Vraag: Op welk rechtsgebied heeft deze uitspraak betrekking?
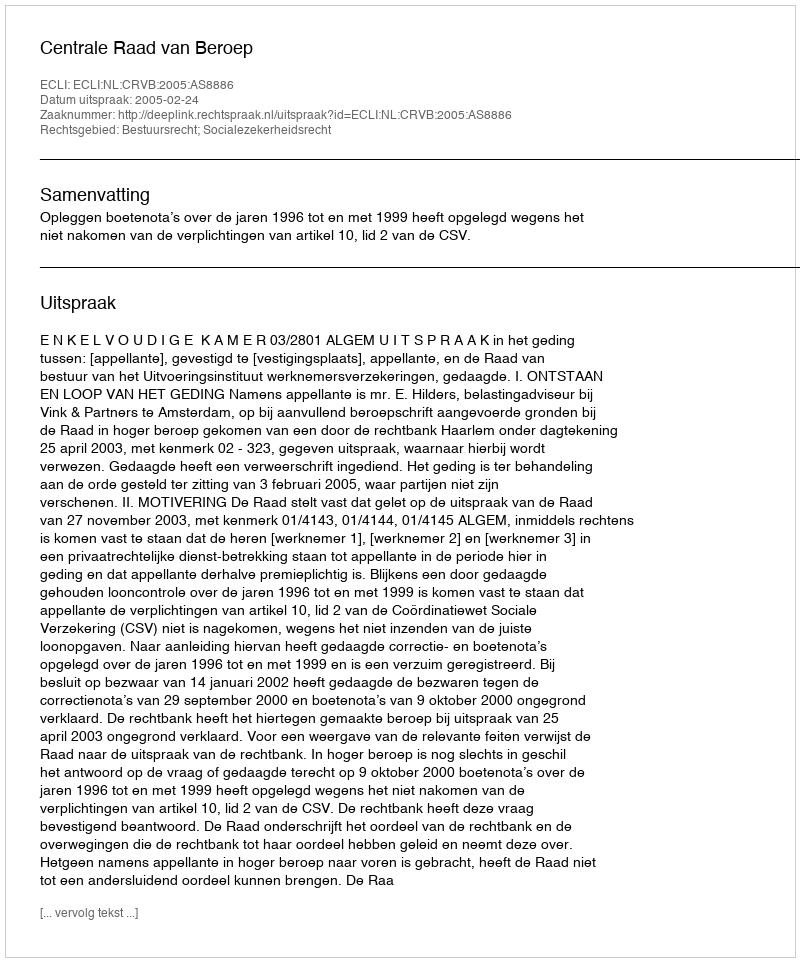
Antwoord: Bestuursrecht; Socialezekerheidsrecht